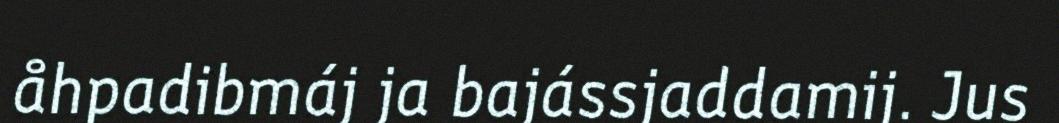
åhpadibmáj ja bajássjaddamij. Jus